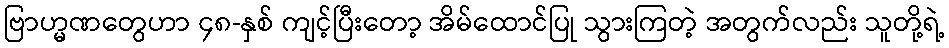
ဗြာဟ္မဏတွေဟာ ၄၈-နှစ် ကျင့်ပြီးတော့ အိမ်ထောင်ပြု သွားကြတဲ့ အတွက်လည်း သူတို့ရဲ့